Subject: stat
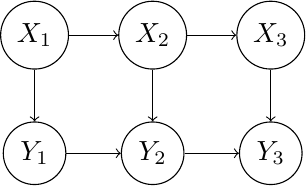
LaTeX code:
\begin{tikzpicture}[node distance={15mm}, main/.style = {draw, circle}]
\node[main] (x1) {$X_1$};
\node[main] (x2) [right of=x1] {$X_2$};
\node[main] (x3) [right of=x2] {$X_3$};
\node[main] (y1) [below of=x1] {$Y_1$};
\node[main] (y2) [below of=x2] {$Y_2$};
\node[main] (y3) [below of=x3] {$Y_3$};
\draw[->] (x1) -- (y1);
\draw[->] (x1) -- (x2);
\draw[->] (y1) -- (y2);
\draw[->] (x2) -- (y2);
\draw[->] (x2) -- (x3);
\draw[->] (y2) -- (y3);
\draw[->] (x3) -- (y3);
\end{tikzpicture}